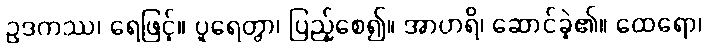
ဥဒကဿ၊ ရေဖြင့်။ ပူရေတွာ၊ ပြည့်စေ၍။ အာဟရိ၊ ဆောင်ခဲ့၏။ ထေရော၊